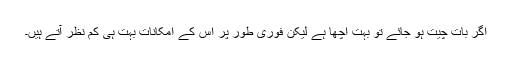
اگر بات چیت ہو جائے تو بہت اچھا ہے لیکن فوری طور پر اس کے امکانات بہت ہی کم نظر آتے ہیں۔